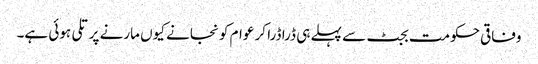
وفاقی حکومت بجٹ سے پہلے ہی ڈرا ڈرا کر عوام کو نجانے کیوں مارنے پر تلی ہوئی ہے۔